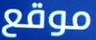
موقع